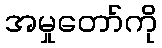
အမှုတော်ကို